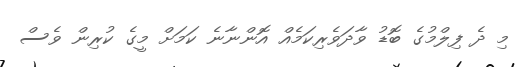
މި ދެ ފިލްމުގެ ބޮޑު ވާދަވެރިކަމެއް އޮންނާނެ ކަމަށް މީގެ ކުރިން ވެސް